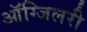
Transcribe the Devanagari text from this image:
ऑग्जिलरी